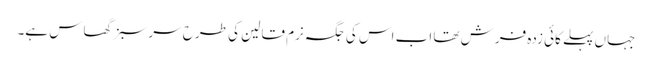
جہاں پہلے کائی زدہ فرش تھا اب اس کی جگہ نرم قالین کی طرح سر سبز گھاس ہے۔